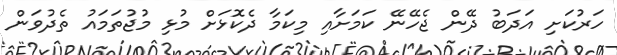
ހަރުކަށި އަދަބު ދޭން ޖެހޭނޭ ކަމަށާއި މިކަމާ ދެކޮޅަށް މުޅި މުޖުތަމައު ތެދުވަން